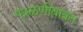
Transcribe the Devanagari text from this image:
फाळणीबाबत